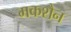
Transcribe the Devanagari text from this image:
मकशैन